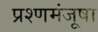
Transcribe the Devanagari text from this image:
प्रश्णमंजूषा